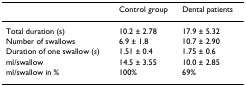
<table><thead><tr><td></td><td><b>Control group</b></td><td><b>Dental patients</b></td></tr></thead><tbody><tr><td>Total duration (s)</td><td>10.2 ± 2.78</td><td>17.9 ± 5.32</td></tr><tr><td>Number of swallows</td><td>6.9 ± 1.8</td><td>10.7 ± 2.90</td></tr><tr><td>Duration of one swallow (<i>s</i>)</td><td>1.51 ± 0.4</td><td>1.75 ± 0.6</td></tr><tr><td>ml/swallow</td><td>14.5 ± 3.55</td><td>10.0 ± 2.85</td></tr><tr><td>ml/swallow in %</td><td>100%</td><td>69%</td></tr></tbody></table>